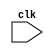
`timescale 1ns / 1ps
//////////////////////////////////////////////////////////////////////////////////
// Company: 
// Engineer: 
// 
// Design Name: 
// Module Name: pl_main
// Project Name: 
// Target Devices: 
// Tool Versions: 
// Description: 
// 
// Dependencies: 
// 
// Revision:
// Revision 0.01 - File Created
// Additional Comments:
// 
//////////////////////////////////////////////////////////////////////////////////


module pl_main(
    input clk
    

    );
endmodule